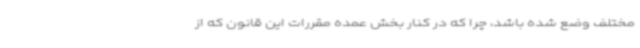
مختلف وضع شده باشد، چرا که در کنار بخش عمده مقررات این قانون که از